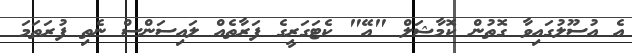
އެ އުސޫލުގައިވާ ގޮތުން ކޮމާޝަލް "އޭ" ކެޓަގަރީގެ ފަރާތެއް ލައިސަންސް ނެތި ފުރަތަމަ